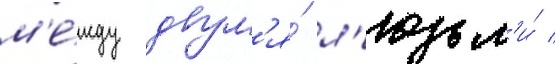
м'е́жду двум'я́ л'юдьм'и́ /